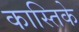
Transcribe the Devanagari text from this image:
कास्तिके